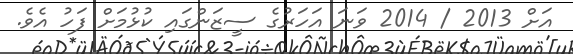
އަށް 2013 / 2014 ވަނަ އަހަރުގެ ސީޒަންގައި ކުޅުމަށް ފަހު އެވެ.